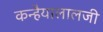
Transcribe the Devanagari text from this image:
कन्हैयालालजी